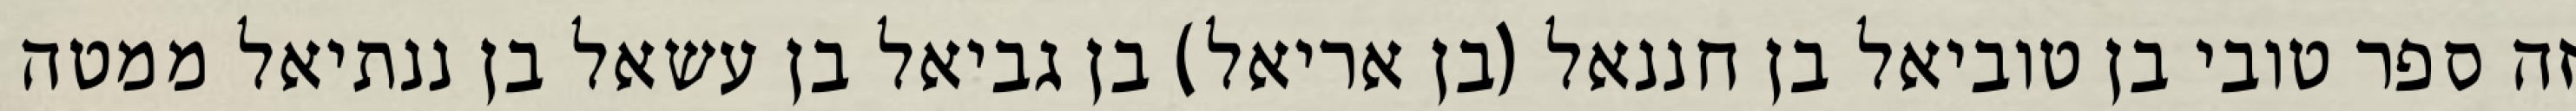
זה ספר טובי בן טוביאל בן חננאל (בן אריאל) בן גביאל בן עשאל בן ננתיאל ממטה